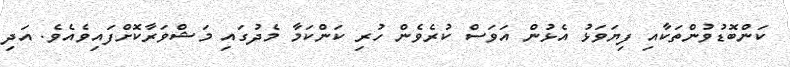
ކަންބޮޑުވުންތަކާއި ފިޔަވަޅު އެޅުން އަވަސް ކުރެވެން ހުރި ކަންކަމާ މެދުގައި މަޝްވަރާކޮށްފައިވެއެވެ. އަދި